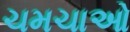
ચમચાઓ